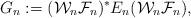
LaTeX: \begin{align*} G_n:=(\mathcal{W}_n\mathcal{F}_n)^{*}E_n(\mathcal{W}_n\mathcal{F}_n),\end{align*}